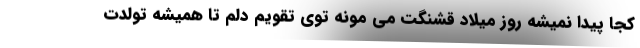
کجا پیدا نمیشه روز میلاد قشنگت می مونه توی تقویم دلم تا همیشه تولدت